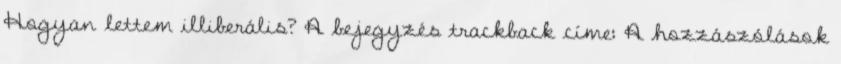
Hogyan lettem illiberális? A bejegyzés trackback címe: A hozzászólások